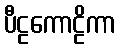
ပီဠကောဠိကာ